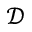
\mathcal { D }